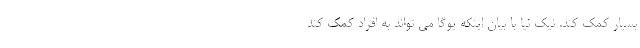
بسیار کمک کند. نیک نیا با بیان اینکه یوگا می تواند به افراد کمک کند